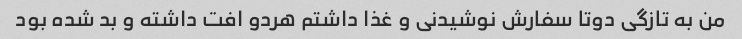
من به تازگی دوتا سفارش نوشیدنی و غذا داشتم هردو افت داشته و بد شده بود